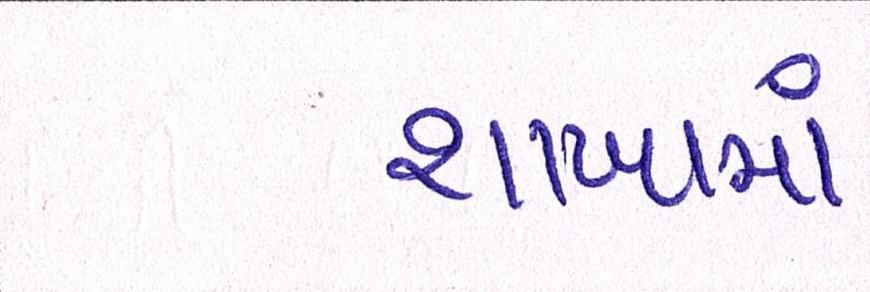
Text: શાખામાં